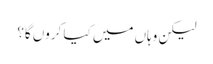
لیکن وہاں میں کیا کروں گا؟